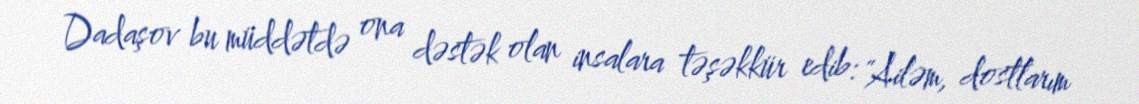
Dadaşov bu müddətdə ona dəstək olan insalara təşəkkür edib: "Ailəm, dostlarım